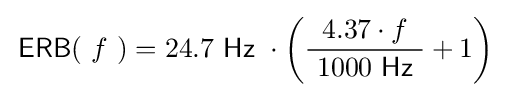
\,\operatorname {\mathsf {ERB}} (\ f\ )=24.7\ {\mathsf {Hz}}\ \cdot \left({\frac {4.37\cdot f}{\ 1000\ {\mathsf {Hz}}\ }}+1\right)